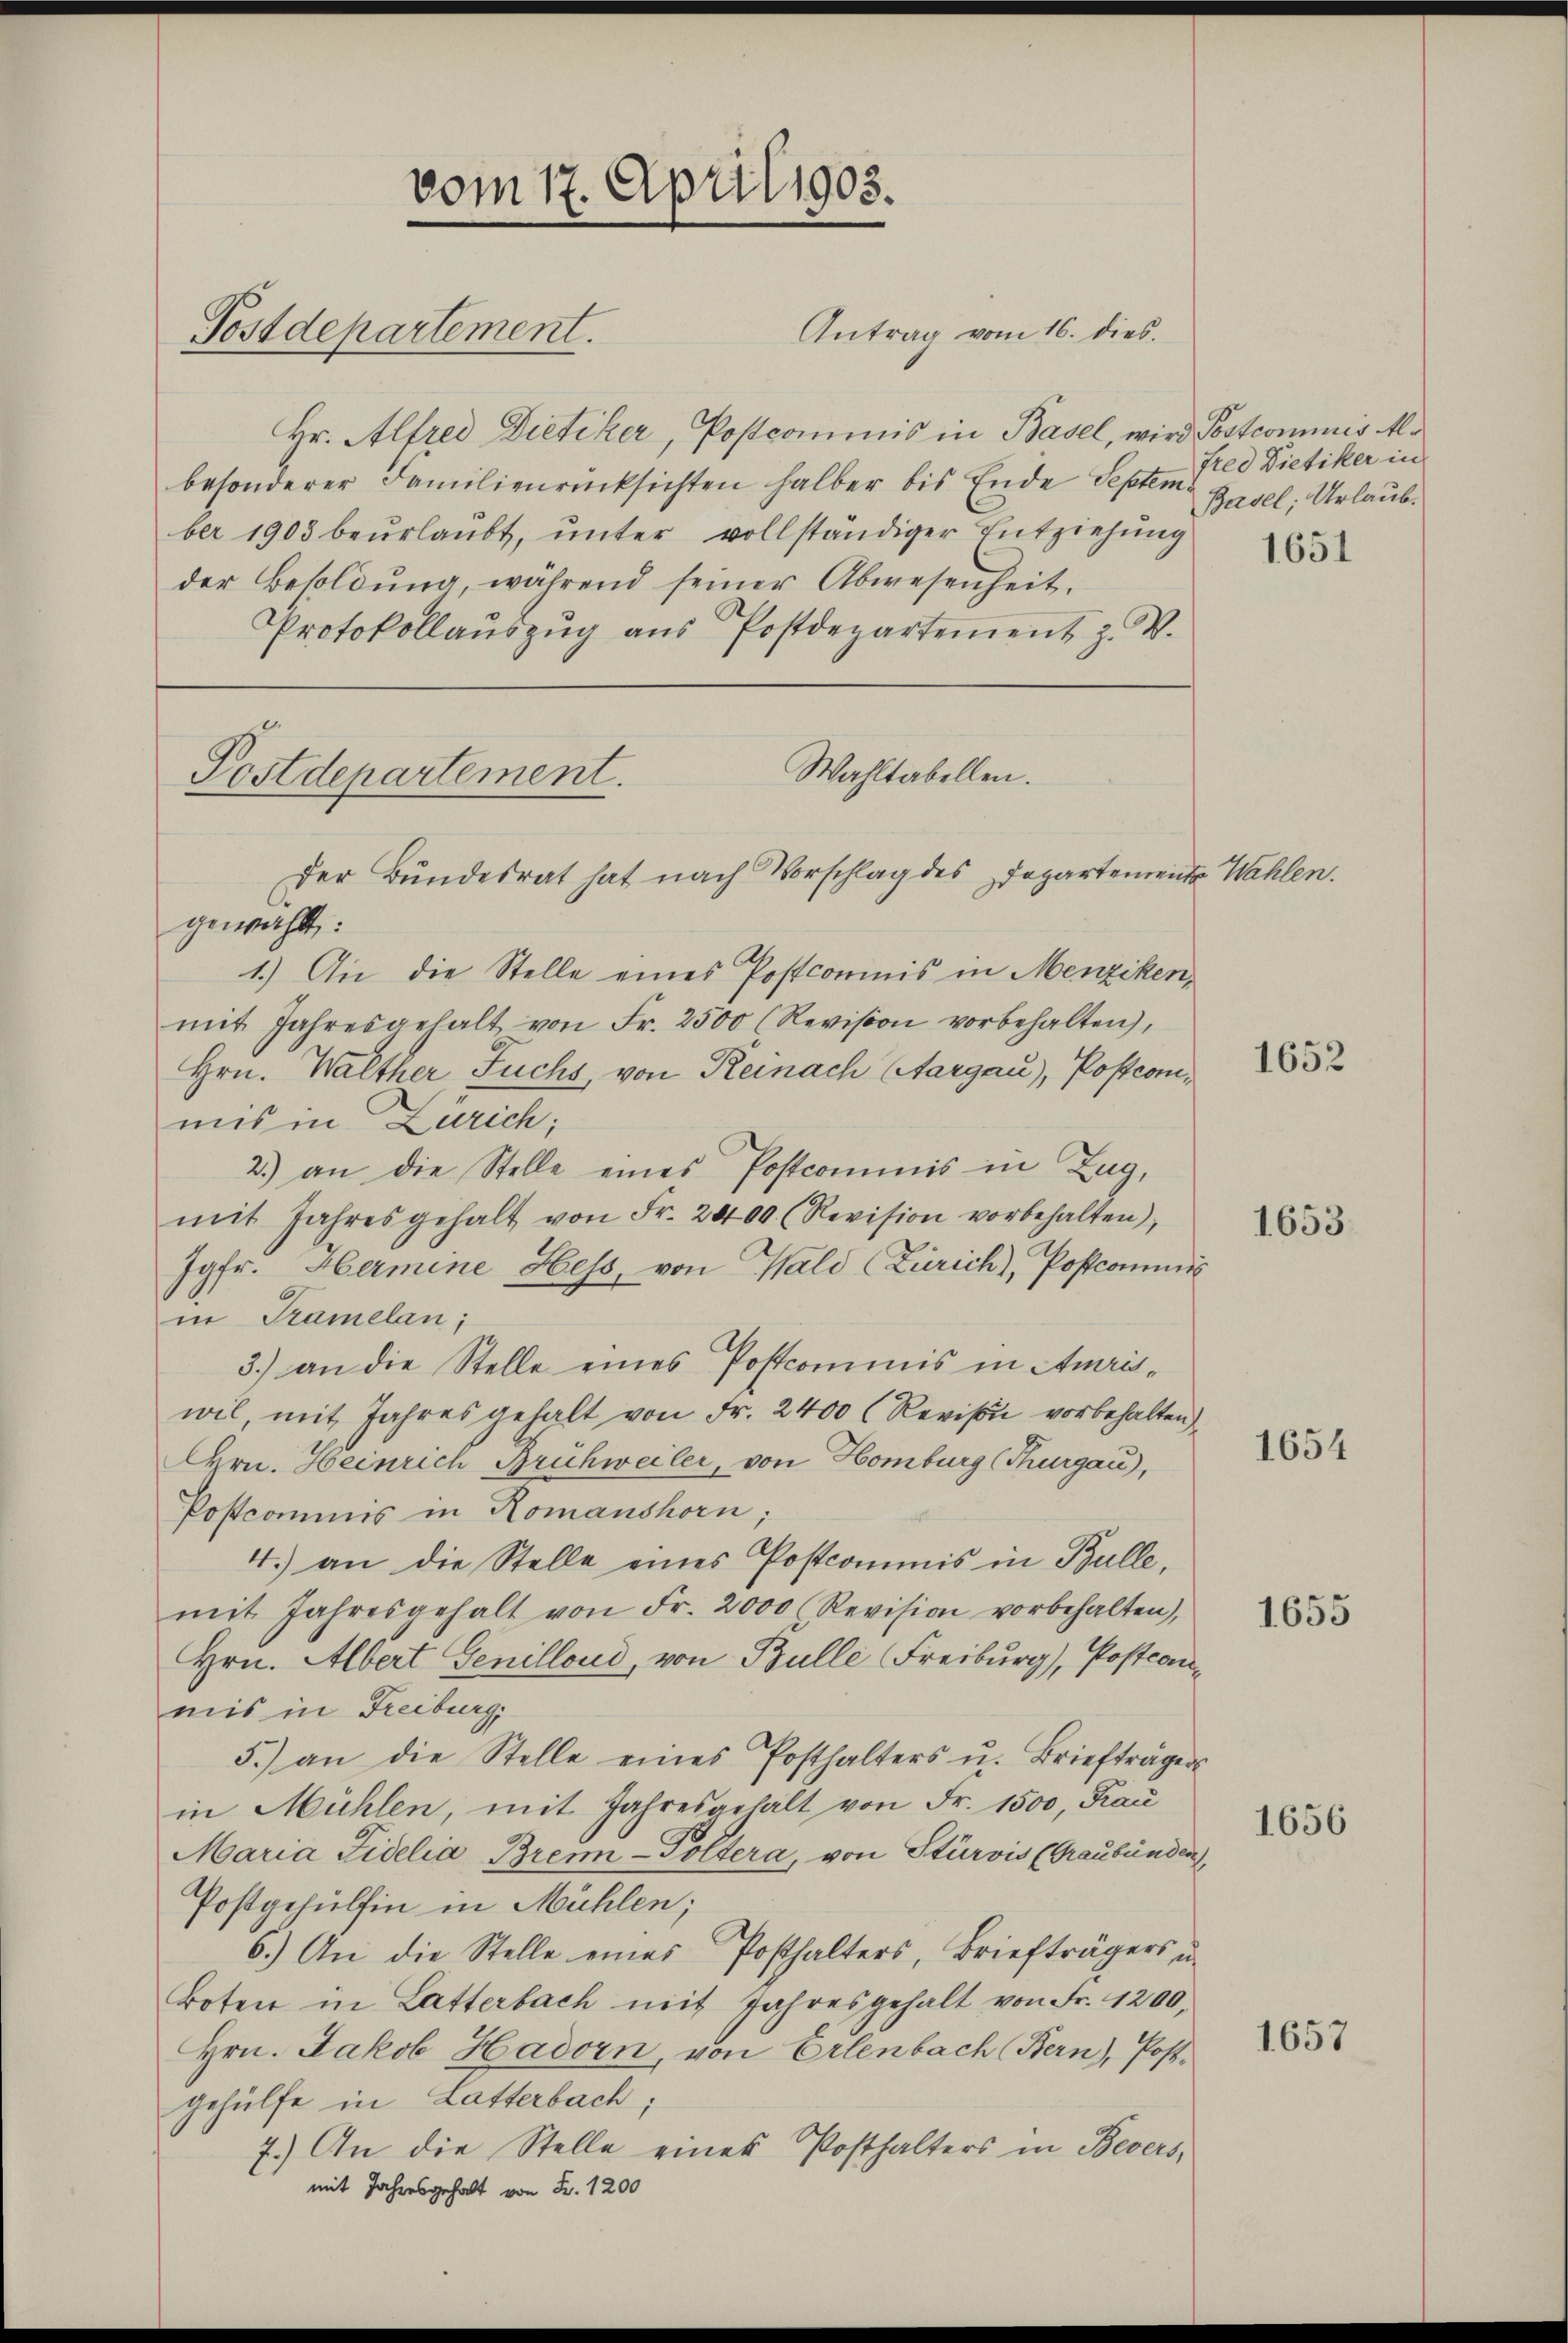
vom 17. April 1905.
Postdepartement.

Hr. Alfred Dietiker, Postcommis in Basel, wird Postcommis Albesonderer Familienrücksichten halber bis Ende Septem End Dietiker in
ber 1903 beurlaubt, unter vollständiger Entziehung
der Besoldŭng, während seiner Abwesenheit.
Protokollaŭszŭg aŭs Postdepartement z. V.

Postdepartement.

Wahltabellen.

Antrag vom 16. dies.

Der Bundesrat hat nach Vorschlag des Departemente Wahlen.

Basel; Urlaub¬
1651

gewählt:
1.) An die Stelle eines Postcommis in Menziken,
mit Jahresgehalt von Fr. 2500 (Revision vorbehalten,
Hrn. Walther Fuchs, von Reinach Aargau), Postcommis in Zürich;
2.) an die Stelle eines Postcommis in Zug,
mit Jahresgehalt von Fr. 2400. (Revision vorbehalten),
Jgfr. Hermine Hess, von Wald (Zürich), Postcommis
in Tramelan;
3.) an die Stelle eines Postcommis in Amriswil, mit Jahres gehalt von Fr. 2400 (Revissu vorbehalten
Hrn. Heinrich Grühweiler, von Homburg (Thurgau),
Postcommis in Romanshorn,
4.) an die Stelle eines Postcommis in Bulle,
mit Jahresgehalt von Fr. 2000 (Revision vorbehalten),
Hrn. Albert Genilloud, von Bulle (Freiburg), Postcanmis in Freiburg,
5.) an die Stelle eines Posthalters u. Briefträgers
in Mühlen, mit Jahresgehalt von Fr. 1500, Frau
Maria Fidelia Bren-Poltera, von Stürvis (Graubünden,
Postgehülfen in Mühlen;
6.) An die Stelle eines Posthalters, Briefträgers, u.
Boten in Latterbach mit Jahresgehalt von Fr. 1200,
Hrn. Jakob Hadorn, von Erlenbach (Bern), Post-
gehülfe in Latterbach;
7.) An die Stelle eines Posthalters in Bevers,
mit Jahresgehalt von Fr. 1200

1652

1653

1654

1655

1656

1657